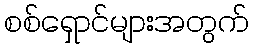
စစ်ရှောင်များအတွက်